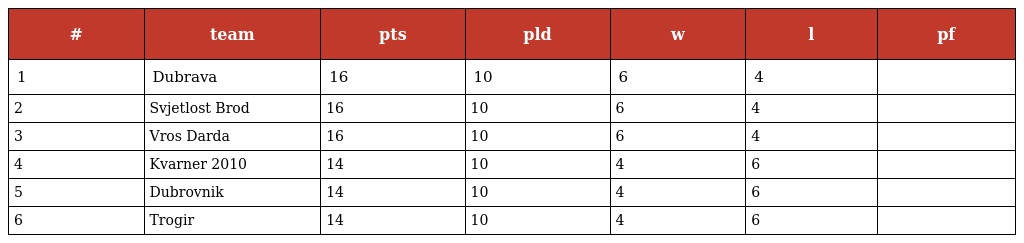
| # | team | pts | pld | w | l | pf |
 | --- | --- | --- | --- | --- | --- | --- |
 | 1 | Dubrava | 16 | 10 | 6 | 4 |  |
 | 2 | Svjetlost Brod | 16 | 10 | 6 | 4 |  |
 | 3 | Vros Darda | 16 | 10 | 6 | 4 |  |
 | 4 | Kvarner 2010 | 14 | 10 | 4 | 6 |  |
 | 5 | Dubrovnik | 14 | 10 | 4 | 6 |  |
 | 6 | Trogir | 14 | 10 | 4 | 6 |  |